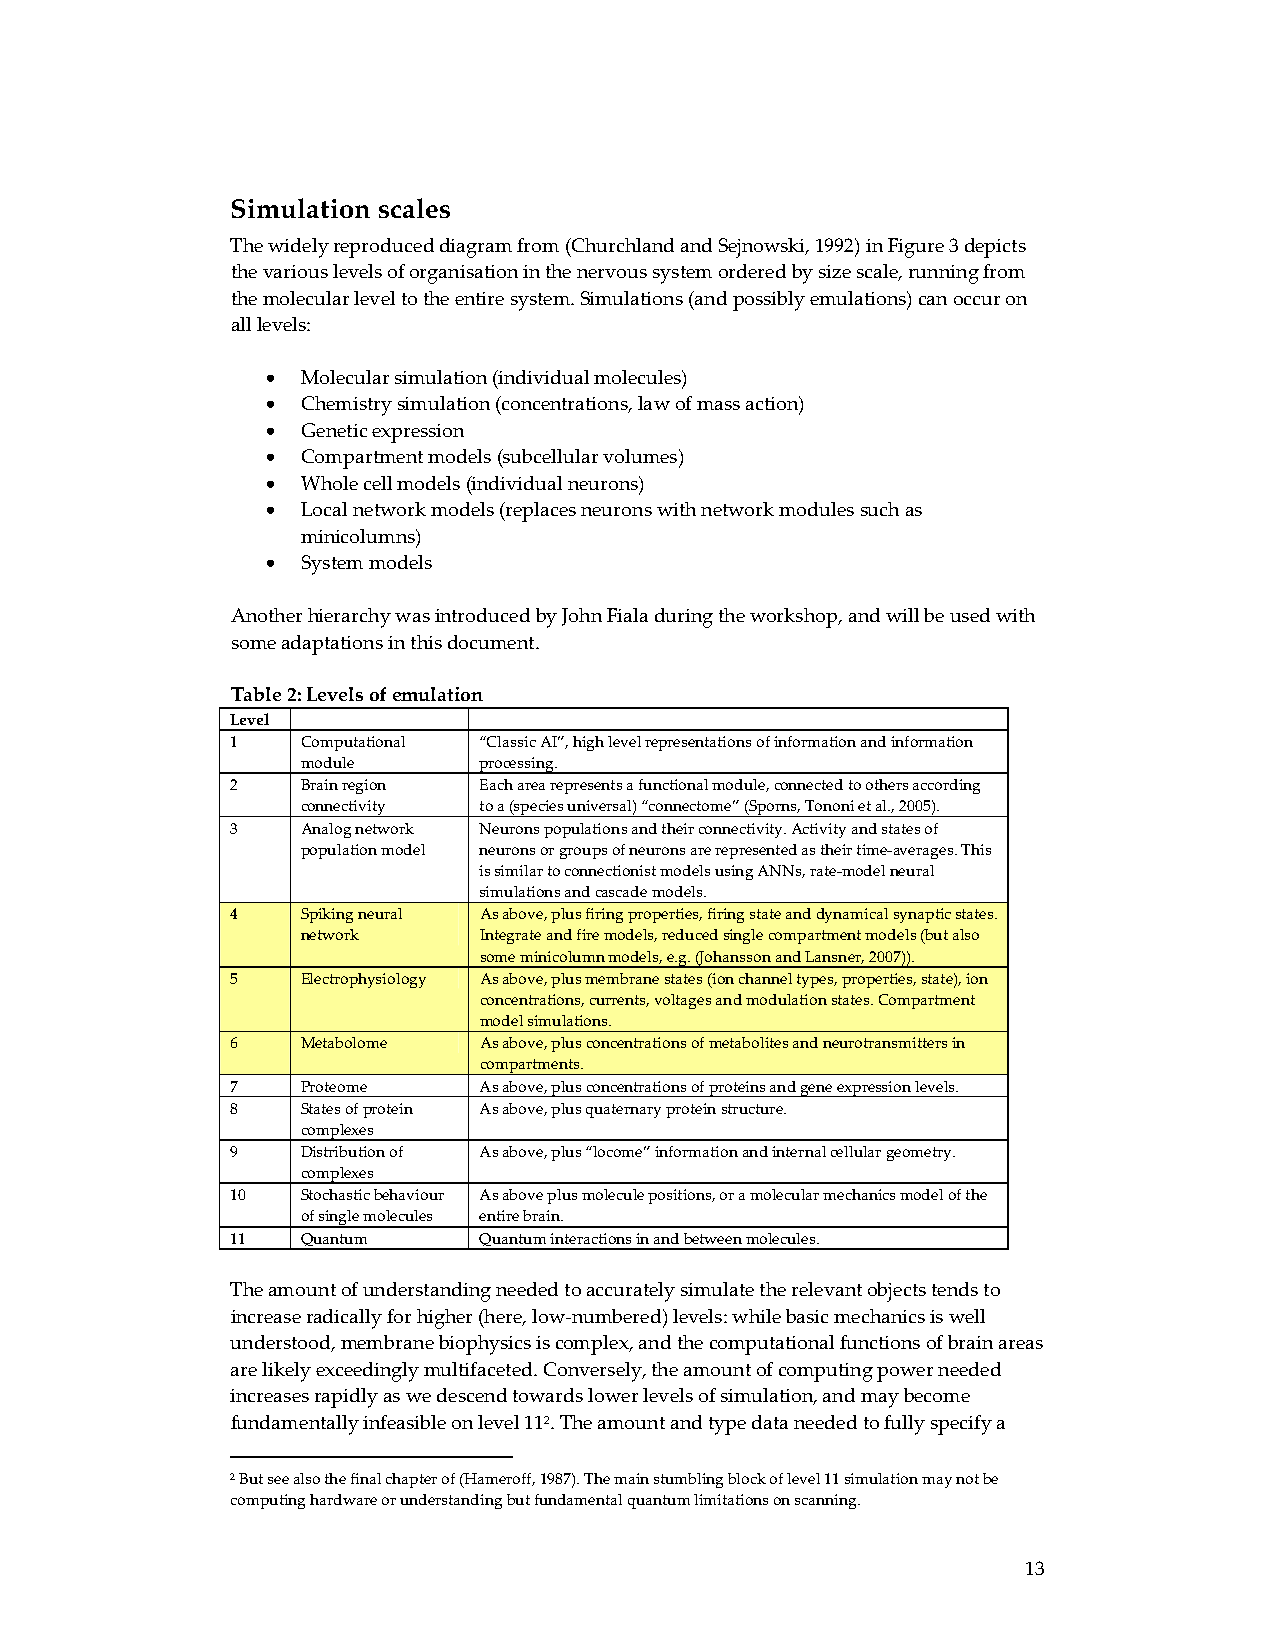
Simulation scales
 The widely reproduced diagram from (Churchland and Sejnowski, 1992) in Figure 3 depicts
 the various levels of organisation in the nervous system ordered by size scale, running from
 the molecular level to the entire system. Simulations (and possibly emulations) can occur on
 all levels:
 • Molecular simulation (individual molecules)
 • Chemistry simulation (concentrations, law of mass action)
 • Genetic expression
 • Compartment models (subcellular volumes)
 • Whole cell models (individual neurons)
 • Local network models (replaces neurons with network modules such as
 minicolumns)
 • System models
 Another hierarchy was introduced by John Fiala during the workshop, and will be used with
 some adaptations in this document.
 Table 2: Levels of emulation
 Level
 1    Computational “Classic AI”, high level representations of information and information
 module      processing.
 2    Brain region Each area represents a functional module, connected to others according
 connectivity to a (species universal) “connectome” (Sporns, Tononi et al., 2005).
 3    Analog network Neurons populations and their connectivity. Activity and states of
 population model neurons or groups of neurons are represented as their time‐averages. This
 is similar to connectionist models using ANNs, rate‐model neural
 simulations and cascade models.
 4    Spiking neural As above, plus firing properties, firing state and dynamical synaptic states.
 network     Integrate and fire models, reduced single compartment models (but also
 some minicolumn models, e.g. (Johansson and Lansner, 2007)).
 5    Electrophysiology As above, plus membrane states (ion channel types, properties, state), ion
 concentrations, currents, voltages and modulation states. Compartment
 model simulations.
 6    Metabolome  As above, plus concentrations of metabolites and neurotransmitters in
 compartments.
 7    Proteome    As above, plus concentrations of proteins and gene expression levels.
 8    States of protein As above, plus quaternary protein structure.
 complexes
 9    Distribution of As above, plus “locome” information and internal cellular geometry.
 complexes
 10   Stochastic behaviour As above plus molecule positions, or a molecular mechanics model of the
 of single molecules entire brain.
 11   Quantum     Quantum interactions in and between molecules.
 The amount of understanding needed to accurately simulate the relevant objects tends to
 increase radically for higher (here, low‐numbered) levels: while basic mechanics is well
 understood, membrane biophysics is complex, and the computational functions of brain areas
 are likely exceedingly multifaceted. Conversely, the amount of computing power needed
 increases rapidly as we descend towards lower levels of simulation, and may become
 fundamentally infeasible on level 112. The amount and type data needed to fully specify a
 2 But see also the final chapter of (Hameroff, 1987). The main stumbling block of level 11 simulation may not be
 computing hardware or understanding but fundamental quantum limitations on scanning.
 13